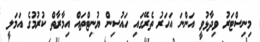
މިނިސްޓަރު ވިދާޅުވީ އަންނަ އަހަރު ތެރޭގައި ހައުސިން ޔުނިޓްތައް އިމާރާތް ކުރުމުގެ އަމަލީ